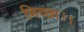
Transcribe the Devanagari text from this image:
भिच्‍छा।।